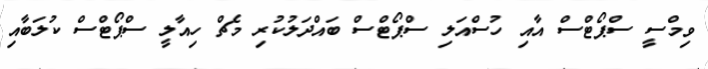
ވިމްސީ ސްޕޯޓްސް އާއި ހުސްއަލި ސްޕޯޓްސް ބައްދަލުކުރި މެޗް ހިއާލީ ސްޕޯޓްސް ކުލަބާއި